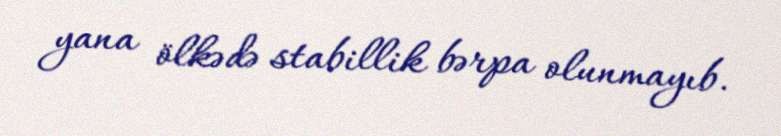
yana ölkədə stabillik bərpa olunmayıb.